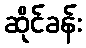
ဆိုင်ခန်း